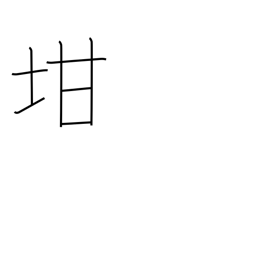
Meaning: pot